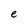
Character: e